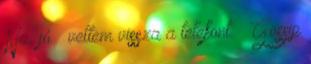
Na, jó – vettem vissza a telefont. – Gossip